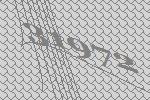
31972